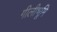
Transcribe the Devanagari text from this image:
गीलीभूमि